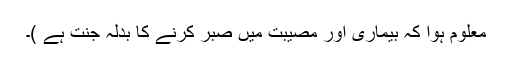
معلوم ہوا کہ بیماری اور مصیبت میں صبر کرنے کا بدلہ جنت ہے )۔